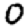
Digit: 0